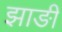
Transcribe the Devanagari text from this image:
झाङी